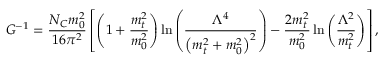
G ^ { - 1 } = \frac { N _ { C } m _ { 0 } ^ { 2 } } { 1 6 \pi ^ { 2 } } \left[ \left( 1 + { \frac { m _ { t } ^ { 2 } } { m _ { 0 } ^ { 2 } } } \right) \ln { \left( \frac { \Lambda ^ { 4 } } { \left( m _ { t } ^ { 2 } + m _ { 0 } ^ { 2 } \right) ^ { 2 } } \right) } - \frac { 2 m _ { t } ^ { 2 } } { m _ { 0 } ^ { 2 } } \ln { \left( \frac { \Lambda ^ { 2 } } { m _ { t } ^ { 2 } } \right) } \right] ,